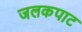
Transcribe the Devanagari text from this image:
जलकपाट